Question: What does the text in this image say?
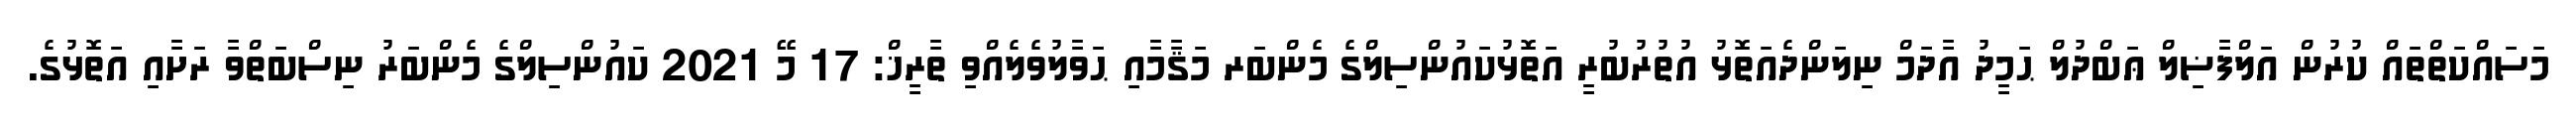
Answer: މަސައްކަތްތައް ކުރުން އަލްފާޟިލް ޢަބްދުލް ޙަމީދު އާދަމް ނިލަންދެއަތޮޅު އުތުރުބުރީ އަތޮޅުކައުންސިލްގެ މެންބަރ މަޤާމާއި ޙަވާލުވެލެއްވި ތާރީޚް: 17 މޭ 2021 ކައުންސިލްގެ މެންބަރު ނިސްބަތްވާ ރަށާއި އަތޮޅުގެ.